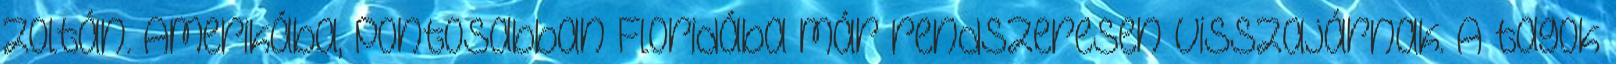
Zoltán. Amerikába, pontosabban Floridába már rendszeresen visszajárnak. A tagok